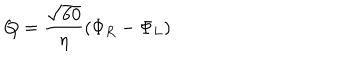
Q = { \frac { \sqrt { 6 0 } } { \eta } } ( \Phi _ { R } - \Phi _ { L } )